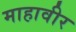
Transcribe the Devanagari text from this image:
माहावीर